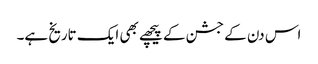
اس دن کے جشن کے پیچھے بھی ایک تاریخ ہے۔